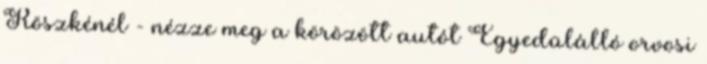
Röszkénél - nézze meg a körözött autót Egyedülálló orvosi